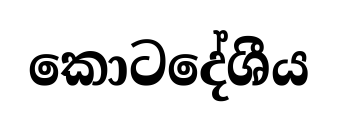
කොටදේශීය